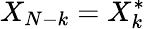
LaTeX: X_{N-k}=X_{k}^{*}